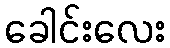
ခေါင်းလေး